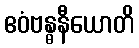
ဧဝံဗန္ဓနီယောတိ